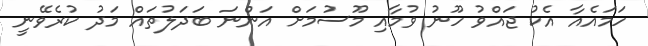
ހަމައެއާ އެކު ޖައްވު ހޫނު ވުމާއި މޫސުމަށް އަންނަ ބަދަލުތައް މަދު ކުރެވޭނީ